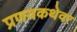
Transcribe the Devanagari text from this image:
प्रणयकथेवर